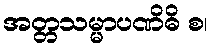
အတ္တသမ္မာပဏိဓိ စ၊